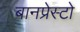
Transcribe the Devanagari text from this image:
बानप्रेस्टो